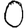
Digit: 0